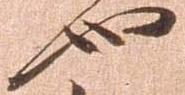
也